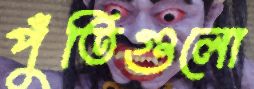
পুঁতিগুলো